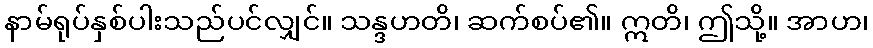
နာမ်ရုပ်နှစ်ပါးသည်ပင်လျှင်။ သန္ဒဟတိ၊ ဆက်စပ်၏။ ဣတိ၊ ဤသို့။ အာဟ၊